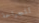
للجراحة